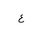
Letter: _ayn